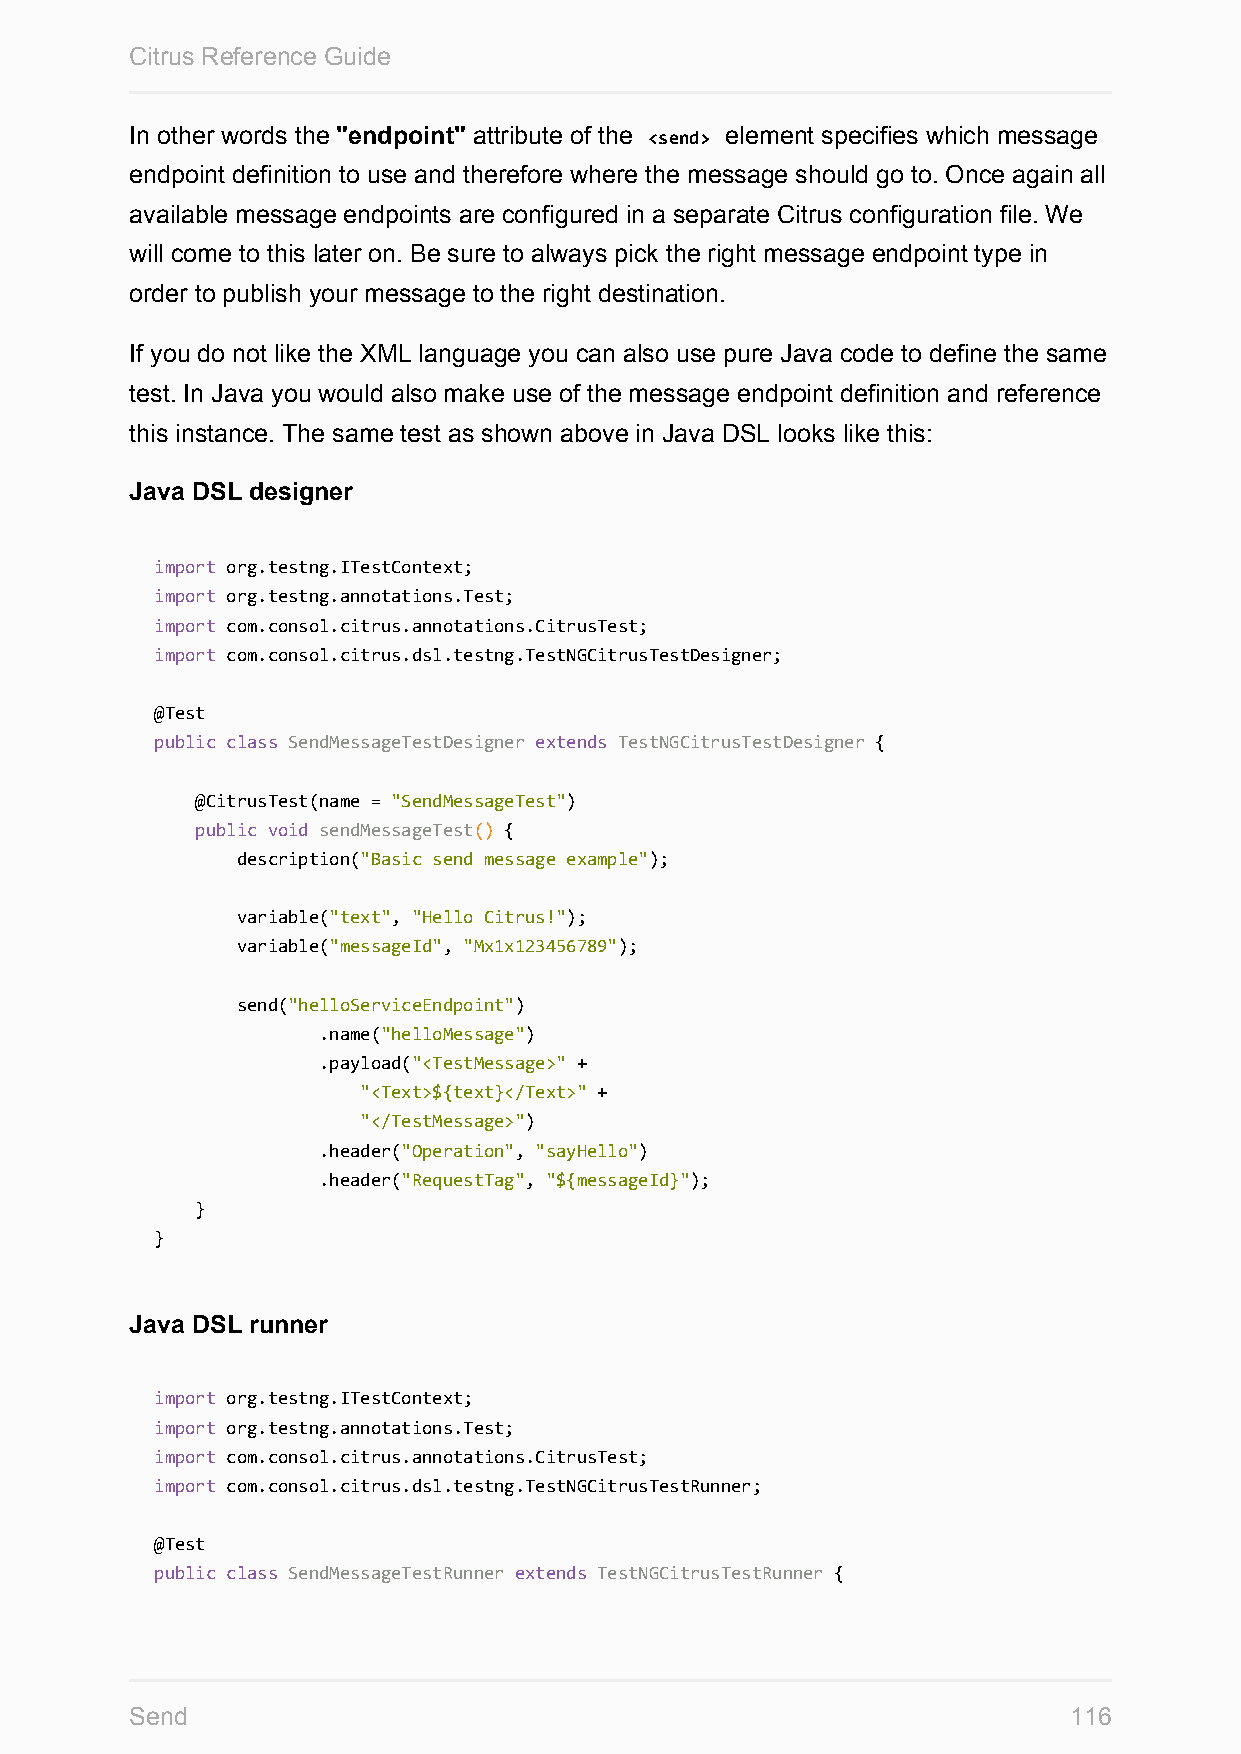
Citrus Reference Guide
 In other words the "endpoint" attribute of the <send> element specifies which message
 endpoint definition to use and therefore where the message should go to. Once again all
 available message endpoints are configured in a separate Citrus configuration file. We
 will come to this later on. Be sure to always pick the right message endpoint type in
 order to publish your message to the right destination.
 If you do not like the XML language you can also use pure Java code to define the same
 test. In Java you would also make use of the message endpoint definition and reference
 this instance. The same test as shown above in Java DSL looks like this:
 Java DSL designer
 import org.testng.ITestContext;
 import org.testng.annotations.Test;
 import com.consol.citrus.annotations.CitrusTest;
 import com.consol.citrus.dsl.testng.TestNGCitrusTestDesigner;
 @Test
 public class SendMessageTestDesigner extends TestNGCitrusTestDesigner {
 @CitrusTest(name = "SendMessageTest")
 public void sendMessageTest() {
 description("Basic send message example");
 variable("text", "Hello Citrus!");
 variable("messageId", "Mx1x123456789");
 send("helloServiceEndpoint")
 .name("helloMessage")
 .payload("<TestMessage>" +
 "<Text>${text}</Text>" +
 "</TestMessage>")
 .header("Operation", "sayHello")
 .header("RequestTag", "${messageId}");
 }
 }
 Java DSL runner
 import org.testng.ITestContext;
 import org.testng.annotations.Test;
 import com.consol.citrus.annotations.CitrusTest;
 import com.consol.citrus.dsl.testng.TestNGCitrusTestRunner;
 @Test
 public class SendMessageTestRunner extends TestNGCitrusTestRunner {
 Send                                                          116